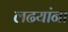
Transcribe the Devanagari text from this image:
लढयांना